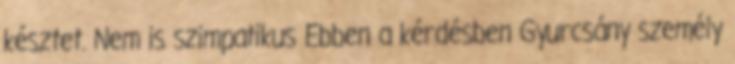
késztet. Nem is szimpatikus Ebben a kérdésben Gyurcsány személy